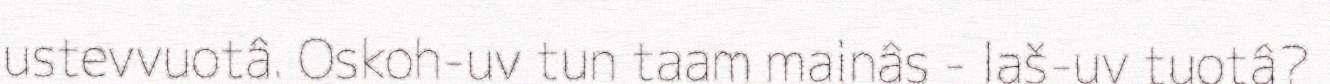
ustevvuotâ. Oskoh-uv tun taam mainâs - laš-uv tuotâ?